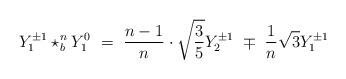
LaTeX: \begin{align*}Y_{1}^{\pm1}\star_{b}^{n}Y_{1}^{0}\ =\ \frac{n-1}{n}\cdot\sqrt{\frac{3}{5}}Y_{2}^{\pm1}\ \mp\ \frac{1}{n}\sqrt{3}Y_{1}^{\pm1}\end{align*}